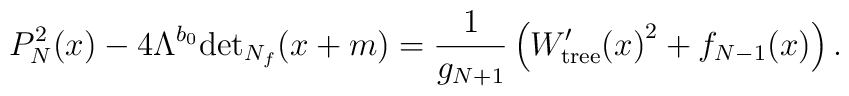
P^2_N(x)-4\Lambda^{b_0}\mathrm{det}_{N_f}(x+m)=\frac{1}{g_{N+1}}\left({W^{\prime}_{\mathrm{tree}}(x)}^2+f_{N-1}(x) \right).